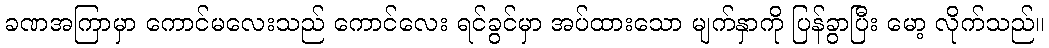
ခဏအကြာမှာ ကောင်မလေးသည် ကောင်လေး ရင်ခွင်မှာ အပ်ထားသော မျက်နှာကို ပြန်ခွာပြီး မော့ လိုက်သည်။